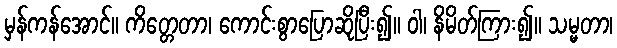
မှန်ကန်အောင်။ ကိတ္တေတာ၊ ကောင်းစွာပြောဆိုပြီး၍။ ဝါ၊ နိမိတ်ကြား၍။ သမ္မတာ၊